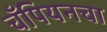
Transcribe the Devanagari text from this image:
चँपियनचा